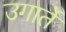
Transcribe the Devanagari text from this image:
उगार्ते